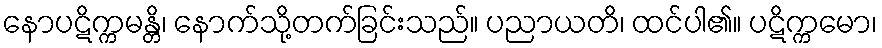
နောပဋိက္ကမန္တိ၊ နောက်သို့တက်ခြင်းသည်။ ပညာယတိ၊ ထင်ပါ၏။ ပဋိက္ကမော၊